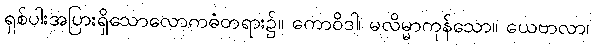
ရှစ်ပါးအပြားရှိသောလောကဓံတရား၌။ ကောဝိဒါ၊ မလိမ္မာကုန်သော။ ယေဗာလာ၊